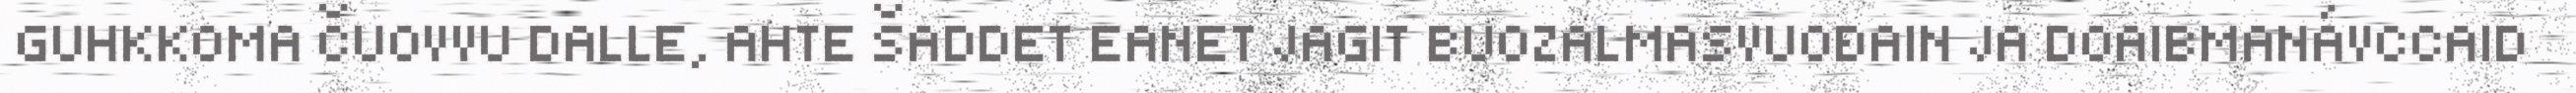
GUHKKOMA ČUOVVU DALLE, AHTE ŠADDET EANET JAGIT BUOZALMASVUOĐAIN JA DOAIBMANÁVCCAID